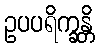
ဥပပရိက္ခန္တိ